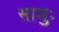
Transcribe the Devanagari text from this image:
साधुः